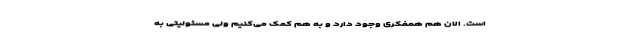
است. الان هم همفکری وجود دارد و به هم کمک می‌کنیم ولی مسئولیتی به